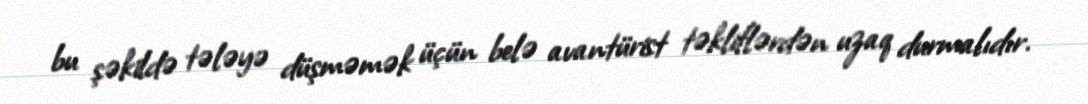
bu şəkildə tələyə düşməmək üçün belə avantürist təkliflərdən uzaq durmalıdır.